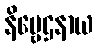
နိဗ္ဗေဌနာယ